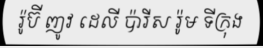
រ៉ូប៊ី ញូវ ដេលី ប៉ារីស រ៉ូម ទីក្រុង